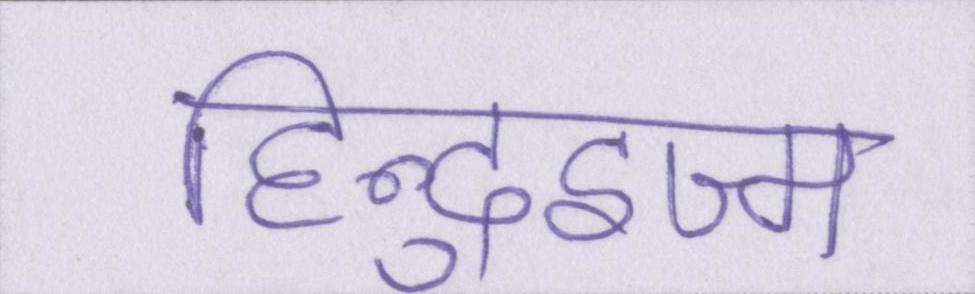
हिन्दुइज्म